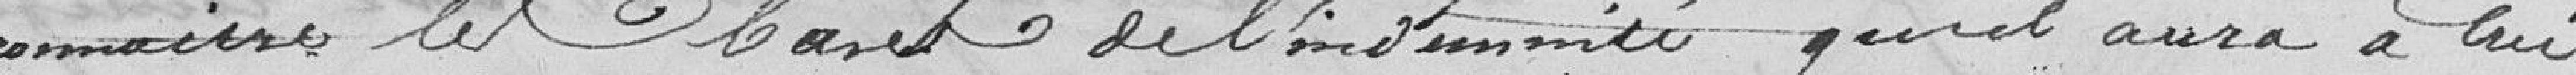
connaître les bases de l'indemnité qu'il aura à lui